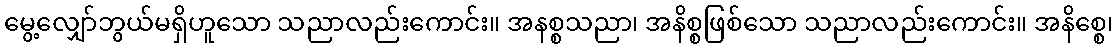
မွေ့လျှော်ဘွယ်မရှိဟူသော သညာလည်းကောင်း။ အနစ္စသညာ၊ အနိစ္စဖြစ်သော သညာလည်းကောင်း။ အနိစ္စေ၊